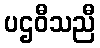
ပဌဝီသညီ